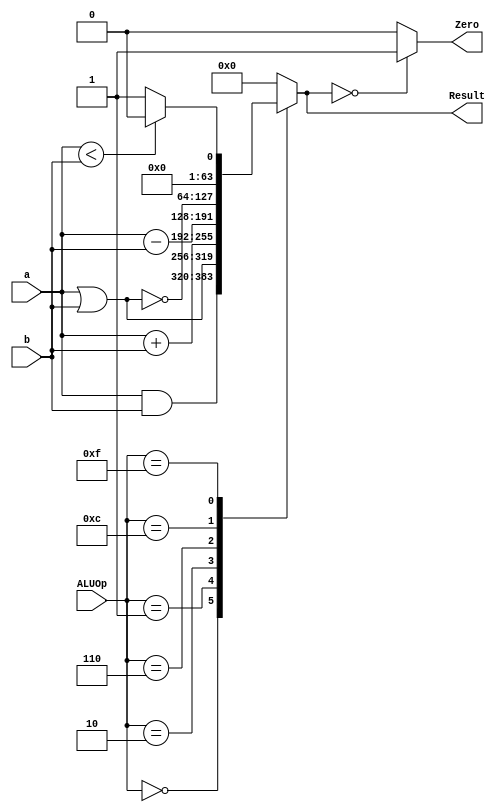
`timescale 1ns / 1ps
//////////////////////////////////////////////////////////////////////////////////
// Company: 
// Engineer: 
// 
// Design Name: 
// Module Name: ALU_64
// Project Name: 
// Target Devices: 
// Tool Versions: 
// Description: 
// 
// Dependencies: 
// 
// Revision:
// Revision 0.01 - File Created
// Additional Comments:
// 
//////////////////////////////////////////////////////////////////////////////////

module ALU_64(
    output reg Zero, 
    input [63:0] a,
    input [63:0] b, 
    input [3:0] ALUOp,
    output reg [63:0] Result
    );
    
    always @(*)
    begin
    case (ALUOp)
    4'b0000: Result = a&b;
    4'b0001: Result = a|b;
    4'b0010: Result = a+b;
    4'b0110: Result = a-b;
    4'b1100: Result = ~(a|b);
    4'b1111: Result = a<b ? 0:1;
    default: Result = 0;
    
    endcase
    
    if (Result ==0)
    Zero = 1;
    else
    Zero = 0;
    
    end
    
endmodule